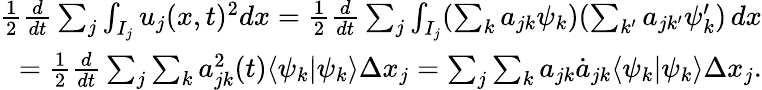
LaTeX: \begin{array}{r}{\frac{1}{2}\frac{d}{dt}\sum_{j}\int_{I_{j}}u_{j}(x,t)^{2}dx=\frac{1}{2}\frac{d}{dt}\sum_{j}\int_{I_{j}}(\sum_{k}a_{jk}\psi_{k})(\sum_{k^{\prime}}a_{jk^{\prime}}\psi_{k}^{\prime})\mathop{dx}}\\ {=\frac{1}{2}\frac{d}{dt}\sum_{j}\sum_{k}a_{jk}^{2}(t)\langle\psi_{k}|\psi_{k}\rangle\Delta x_{j}=\sum_{j}\sum_{k}a_{jk}\dot{a}_{jk}\langle\psi_{k}|\psi_{k}\rangle\Delta x_{j}.}\end{array}